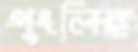
পুংলিঙ্গ